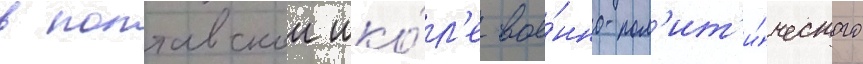
в полтавскои шко́л'е вое́нно-пол'ит'и́ческого